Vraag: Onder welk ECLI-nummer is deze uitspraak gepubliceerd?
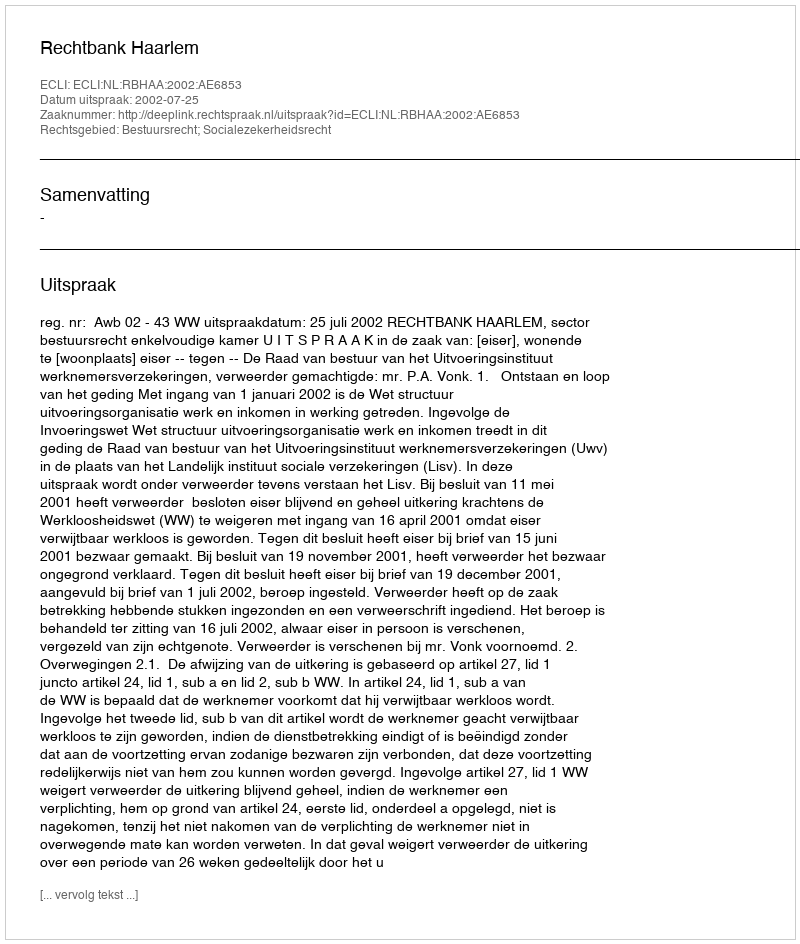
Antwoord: ECLI:NL:RBHAA:2002:AE6853